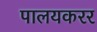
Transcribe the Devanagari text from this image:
पालयकरर